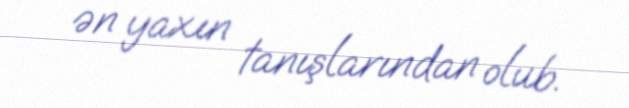
ən yaxın tanışlarından olub.